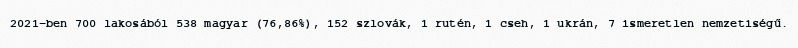
2021-ben 700 lakosából 538 magyar (76,86%), 152 szlovák, 1 rutén, 1 cseh, 1 ukrán, 7 ismeretlen nemzetiségű.